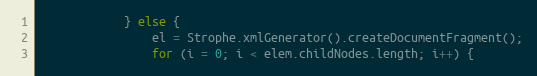
Language: JavaScript
            } else {
                el = Strophe.xmlGenerator().createDocumentFragment();
                for (i = 0; i < elem.childNodes.length; i++) {